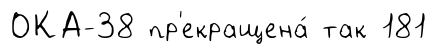
ОКА-38 пр'екращена́ так 181